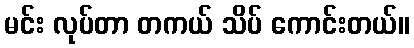
မင်း လုပ်တာ တကယ် သိပ် ကောင်းတယ်။